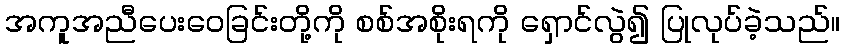
အကူအညီပေးဝေခြင်းတို့ကို စစ်အစိုးရကို ရှောင်လွဲ၍ ပြုလုပ်ခဲ့သည်။